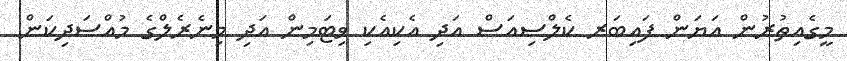
މީގެއިތުރުން އަޔަން ފައިބަރ ކެލްސިއަސް އަދި އެކިއެކި ވިޓަމިން އަދި މިނެރެލްގެ މުއްސަދިކަން